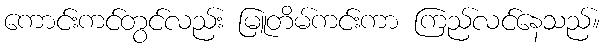
ကောင်းကင်တွင်လည်း မြူတိမ်ကင်းကာ ကြည်လင်နေသည်။